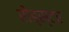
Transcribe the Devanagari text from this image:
रोड्स्टर